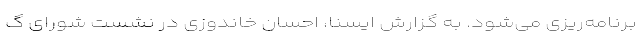
برنامه‌ریزی می‌شود. به گزارش ایسنا، احسان خاندوزی در نشست شورای گ